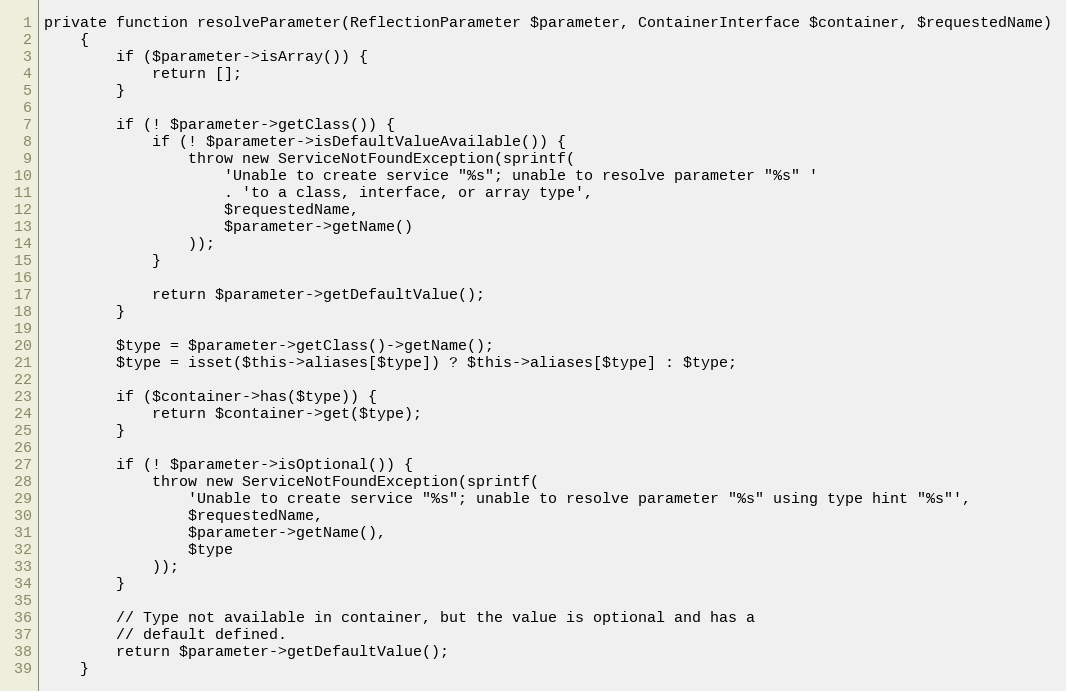
Language: PHP
private function resolveParameter(ReflectionParameter $parameter, ContainerInterface $container, $requestedName)
    {
        if ($parameter->isArray()) {
            return [];
        }

        if (! $parameter->getClass()) {
            if (! $parameter->isDefaultValueAvailable()) {
                throw new ServiceNotFoundException(sprintf(
                    'Unable to create service "%s"; unable to resolve parameter "%s" '
                    . 'to a class, interface, or array type',
                    $requestedName,
                    $parameter->getName()
                ));
            }

            return $parameter->getDefaultValue();
        }

        $type = $parameter->getClass()->getName();
        $type = isset($this->aliases[$type]) ? $this->aliases[$type] : $type;

        if ($container->has($type)) {
            return $container->get($type);
        }

        if (! $parameter->isOptional()) {
            throw new ServiceNotFoundException(sprintf(
                'Unable to create service "%s"; unable to resolve parameter "%s" using type hint "%s"',
                $requestedName,
                $parameter->getName(),
                $type
            ));
        }

        // Type not available in container, but the value is optional and has a
        // default defined.
        return $parameter->getDefaultValue();
    }